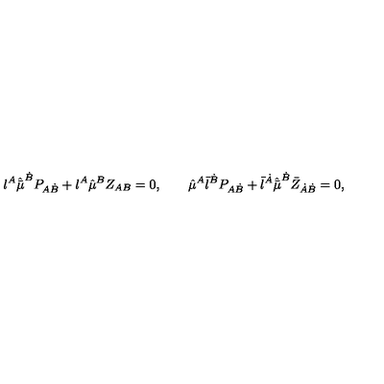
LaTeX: { \l } ^ { A } \hat { \bar { \mu } } ^ { \dot { B } } P _ { A \dot { B } } + \l ^ { A } \hat { \mu } ^ { B } Z _ { A B } = 0 , \qquad \hat { \mu } ^ { A } { \bar { \l } } ^ { \dot { B } } P _ { A \dot { B } } + \bar { \l } ^ { \dot { A } } \hat { \bar { \mu } } ^ { \dot { B } } \bar { Z } _ { \dot { A } \dot { B } } = 0 ,